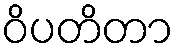
ဝိပတိတာ